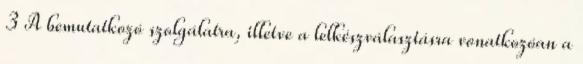
3 A bemutatkozó szolgálatra, illetve a lelkészválasztásra vonatkozóan a